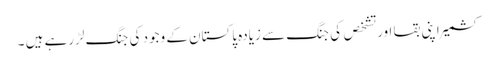
کشمیر اپنی بقا اور تشخص کی جنگ سے زیادہ پاکستان کے وجود کی جنگ لڑرہے ہیں ۔